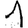
Digit: 1